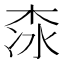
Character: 𣑏